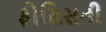
ફોસિસની